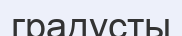
градусты